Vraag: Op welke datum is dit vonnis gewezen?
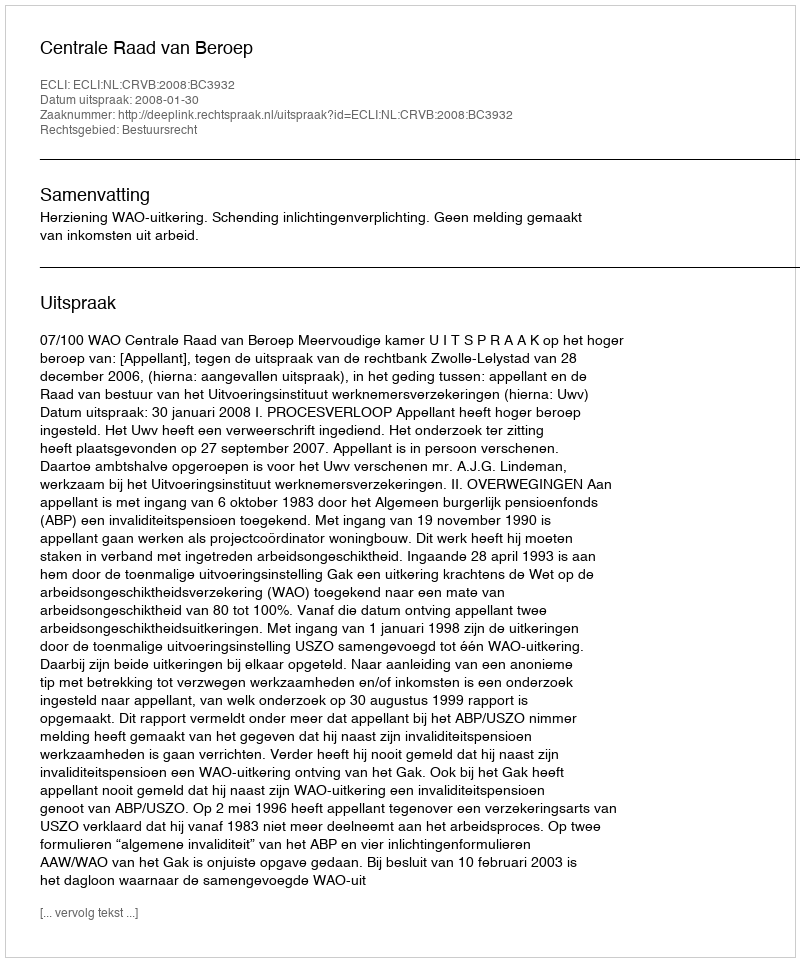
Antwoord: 2008-01-30